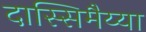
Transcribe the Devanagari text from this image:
दास्सिमैय्या